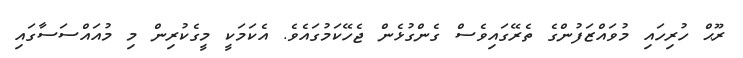
ރޫޙް ހުރިހައި މުވައްޒަފުންގެ ތެރޭގައިވެސް ގެންގުޅެން ޖެހޭކަމުގައެވެ. އެކަމަކީ މީގެކުރިން މި މުއައްސަސާގައި